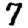
Digit: 7